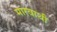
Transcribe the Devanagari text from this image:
मारवाथी